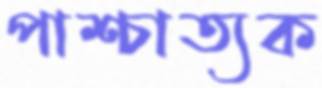
পাশ্চাত্যক